Annual report on the Civil Veterinary Department, Burma (including the Insein Veterinary School) - 1910-1922
Year: 1910
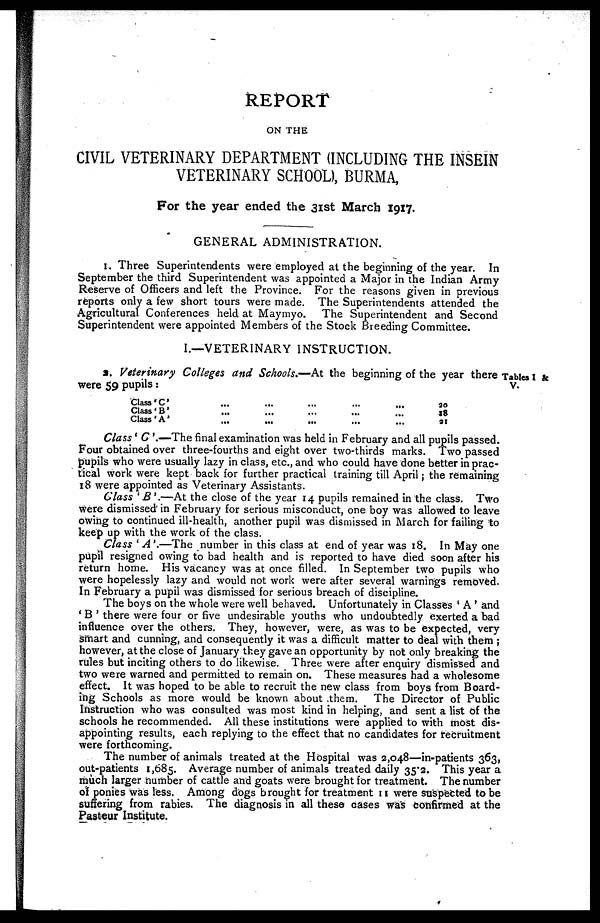
REPORT
ON THE
CIVIL VETERINARY DEPARTMENT (INCLUDING THE INSEIN
VETERINARY SCHOOL), BURMA,
For the year ended the 31st March 1917.
GENERAL ADMINISTRATION.
1. Three Superintendents were employed at the beginning of the year. In
September the third Superintendent was appointed a Major in the Indian Army
Reserve of Officers and left the Province. For the reasons given in previous
reports only a few short tours were made. The Superintendents attended the
Agricultural Conferences held at Maymyo. The Superintendent and Second
Superintendent were appointed Members of the Stock Breeding Committee.
I.—VETERINARY INSTRUCTION.
Tables I &
V.
a. Veterinary Colleges and Schools.—At the beginning of the year there
were 59 pupils:
Class 'C '
Class ' B '
Class ' A '
...
...
...
...
...
...
...
...
...
...
...
...
...
...
...
20
18
21
Class ' C '.—The final examination was held in February and all pupils passed.
Four obtained over three-fourths and eight over two-thirds marks. Two passed
pupils who were usually lazy in class, etc., and who could have done better in prac-
tical work were kept back for further practical training till April; the remaining
18 were appointed as Veterinary Assistants.
Class ' B '.—At the close of the year 14 pupils remained in the class. Two
were dismissed in February for serious misconduct, one boy was allowed to leave
owing to continued ill-health, another pupil was dismissed in March for failing to
keep up with the work of the class.
Class ' A '.—The number in this class at end of year was 18. In May one
pupil resigned owing to bad health and is reported to have died soon after his
return home. His vacancy was at once filled. In September two pupils who
were hopelessly lazy and would not work were after several warnings removed.
In February a pupil was dismissed for serious breach of discipline.
The boys on the whole were well behaved. Unfortunately in Classes ' A ' and
' B ' there were four or five undesirable youths who undoubtedly exerted a bad
influence over the others. They, however, were, as was to be expected, very
smart and cunning, and consequently it was a difficult matter to deal with them ;
however, at the close of January they gave an opportunity by not only breaking the
rules but inciting others to do likewise. Three were after enquiry dismissed and
two were warned and permitted to remain on. These measures had a wholesome
effect. It was hoped to be able to recruit the new class from boys from Board-
ing Schools as more would be known about them. The Director of Public
Instruction who was consulted was most kind in helping, and sent a list of the
schools he recommended. All these institutions were applied to with most dis-
appointing results, each replying to the effect that no candidates for recruitment
were forthcoming.
The number of animals treated at the Hospital was 2,048—in-patients 363,
out-patients 1,685. Average number of animals treated daily 35'2. This year a
much larger number of cattle and goats were brought for treatment. The number
of ponies was less. Among dogs brought for treatment 11 were suspected to be
suffering from rabies. The diagnosis in all these cases was confirmed at the
Pasteur Institute.